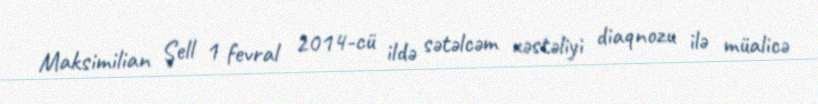
Maksimilian Şell 1 fevral 2014-cü ildə sətəlcəm xəstəliyi diaqnozu ilə müalicə